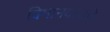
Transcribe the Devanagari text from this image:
विमानदलाचे